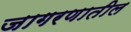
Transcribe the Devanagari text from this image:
जागरणातील